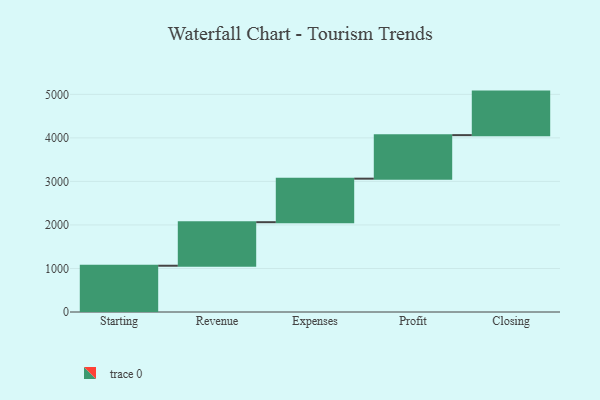
{"axis": {"x": "Step", "y": "Value"}, "legend": [""], "data": [{"x": "Starting", "y": 1063.0, "type": ""}, {"x": "Revenue", "y": 1000, "type": ""}, {"x": "Expenses", "y": 1000, "type": ""}, {"x": "Profit", "y": 1000, "type": ""}, {"x": "Closing", "y": 1000, "type": ""}]}